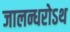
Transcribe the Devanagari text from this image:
जालन्धरोऽथ